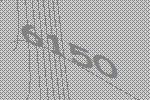
6150